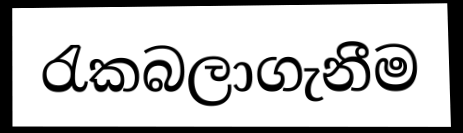
රැකබලාගැනීම